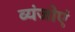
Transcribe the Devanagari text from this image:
व्यंजोएं